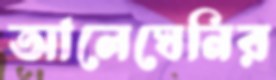
আলেঘেনির